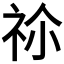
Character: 𥙄